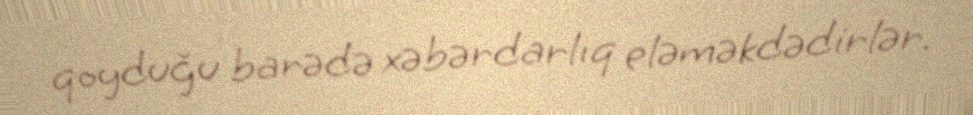
qoyduğu barədə xəbərdarlıq eləməkdədirlər.